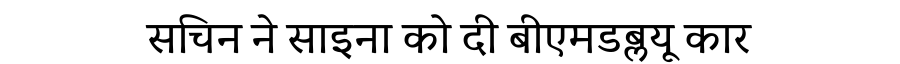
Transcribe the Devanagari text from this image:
सचिन ने साइना को दी बीएमडब्लयू कार